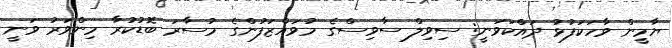
ޔާމީން ވާހަކަފުޅު ދައްކަވަނީ: ސިވިލް ސާވިސްގެ މުވައްޒަފުންގެ މުސާރަ ބޮޑުކުރާ މިންވަރު ވަނީ